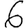
Digit: 6